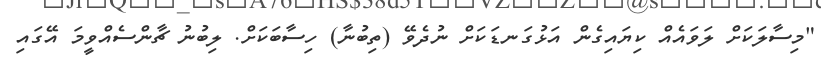
"މިސާލަކަށް ލަވައެއް ކިޔައިގެން އަޅުގަނޑަކަށް ނުދެވޭ (ތިބުނާ) ހިސާބަކަށް. ލިބުނު ޗާންސެއްވީމަ އޭގައި